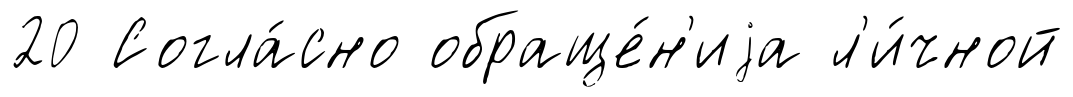
20 Согла́сно обраще́н'иjа л'и́чной